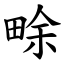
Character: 畭